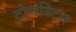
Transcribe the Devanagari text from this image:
टोनस्टिन